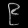
Digit: ၉